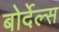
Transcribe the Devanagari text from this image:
बोर्देल्स